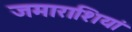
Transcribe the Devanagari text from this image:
जमाराशियां